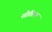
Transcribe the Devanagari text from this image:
सोडिता